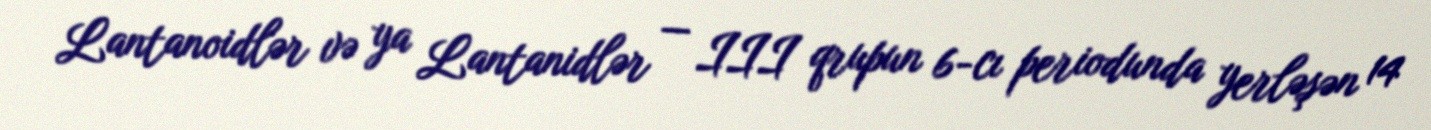
Lantanoidlər və ya Lantanidlər — III qrupun 6-cı periodunda yerləşən 14